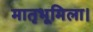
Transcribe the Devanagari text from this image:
मातृभूमिला।